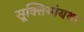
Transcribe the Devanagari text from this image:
सूक्तियांयथा